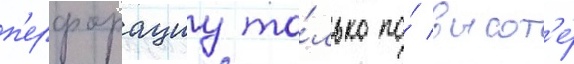
п'ерфорациу то́лько по́ высот'е́